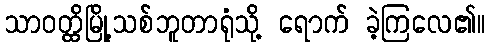
သာဝတ္ထိမြို့သစ်ဘူတာရုံသို့ ရောက် ခဲ့ကြလေ၏။